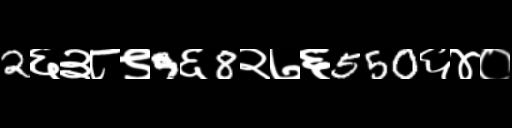
Text: 2६३८९9६8२७६550६४०